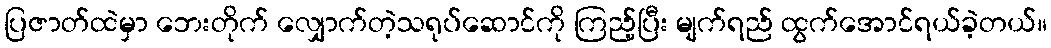
ပြဇာတ်ထဲမှာ ဘေးတိုက် လျှောက်တဲ့သရုပ်ဆောင်ကို ကြည့်ပြီး မျက်ရည် ထွက်အောင်ရယ်ခဲ့တယ်။